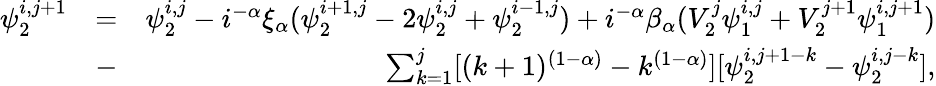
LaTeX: \begin{array}{rlr}{\psi_{2}^{i,j+1}}&{=}&{\psi_{2}^{i,j}-i^{-\alpha}\xi_{\alpha}(\psi_{2}^{i+1,j}-2\psi_{2}^{i,j}+\psi_{2}^{i-1,j})+i^{-\alpha}\beta_{\alpha}(V_{2}^{j}\psi_{1}^{i,j}+V_{2}^{j+1}\psi_{1}^{i,j+1})}\\ &{-}&{\sum_{k=1}^{j}[(k+1)^{(1-\alpha)}-k^{(1-\alpha)}][\psi_{2}^{i,j+1-k}-\psi_{2}^{i,j-k}],}\end{array}